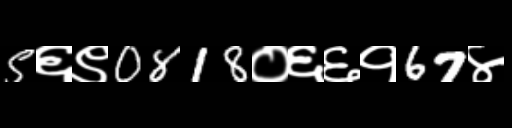
Text: 5६९0818०६६१67४